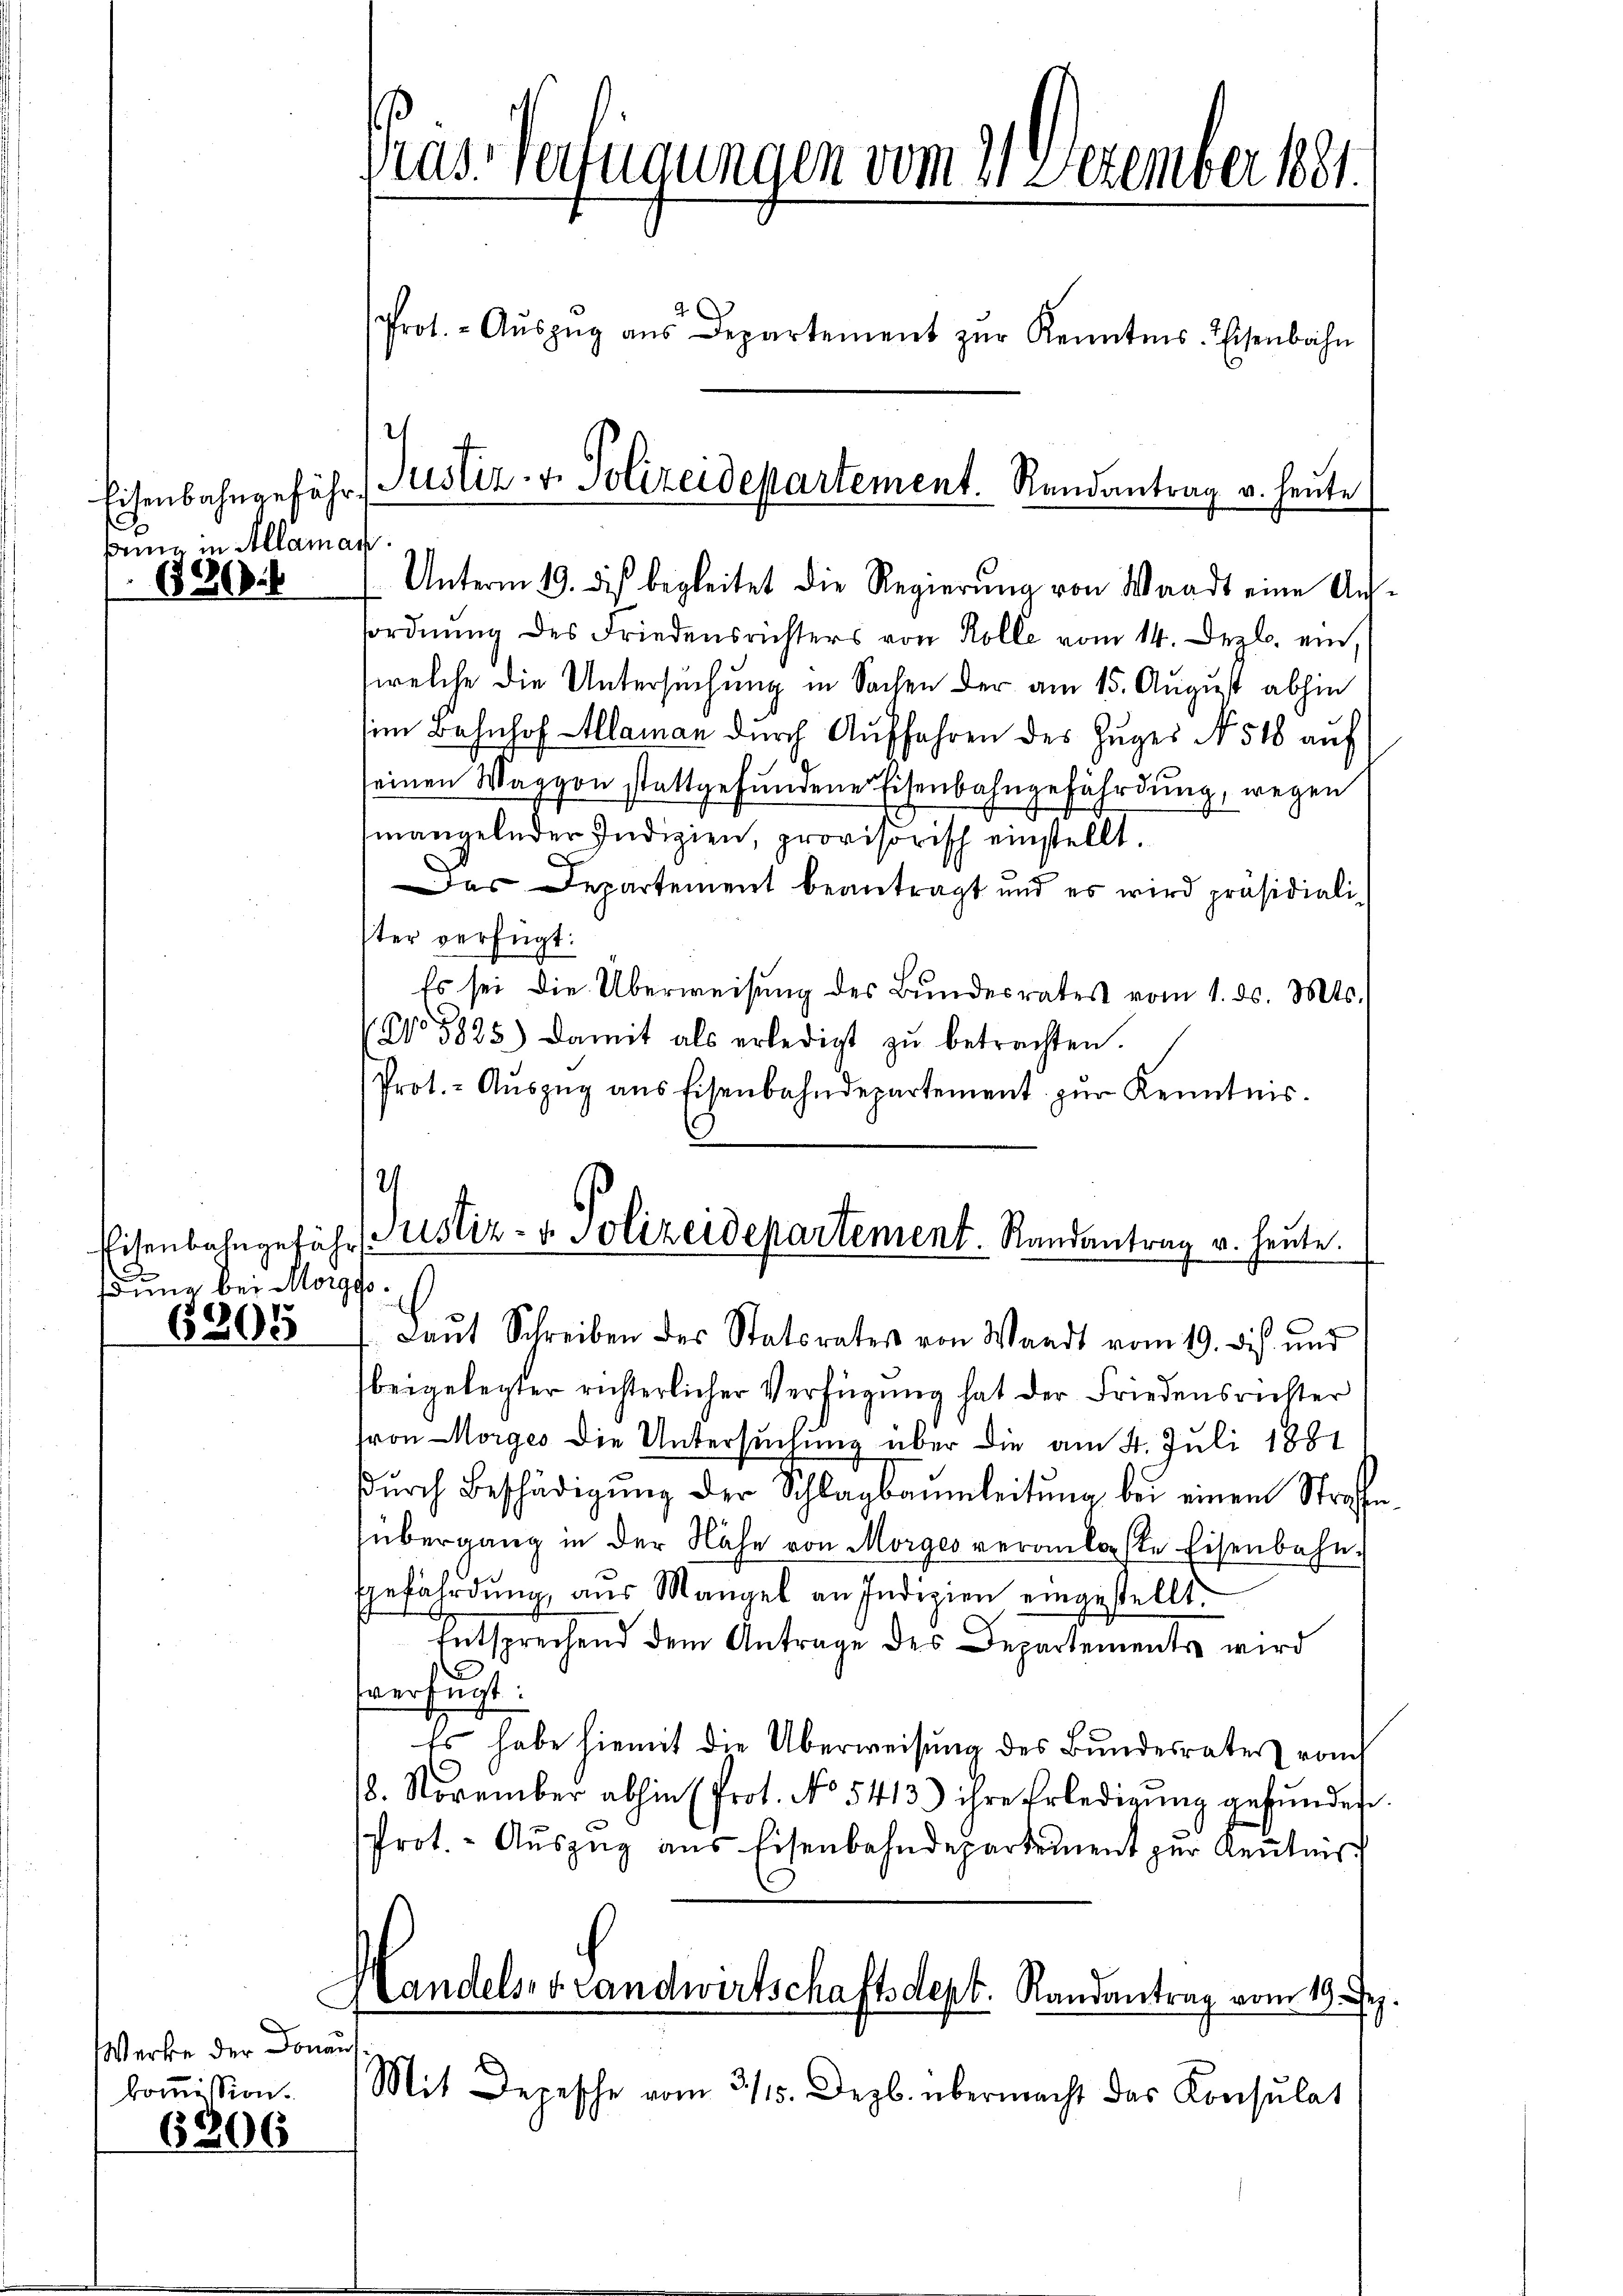
sie in Allaman
180.

dung bei Morggo.

6805

.
Werke der Donaus
kommission.

6306

ras Verfügungen vom 21. Dezember 1881.
Prot. - Aŭszŭg aŭs Departement zŭr Kenntnis. Eisenbahn

Unterm 19. des begleitet die Regierŭng von Waadt eine Aus¬
Tordnŭng des Friedensrichters von Kolle vom 14. Dezbr. ein,
welche die Untersuchung in Sachen der am 15. August abhin
im Bahnhof Alaman durch Auffahren des Zuges No 518 auf
seinen Waggon stattgefŭndene Eisenbahngefährdung, wegen
mangelnder Indizien, provisorisch einstellt.
Das Departement beantragt und es wird präsidialister verfügt:
Es sei die Überweisung des Bundesrates vom 1. ds. Mts.
No 5825) Damit als erledigt zŭ betrachten.
Prot. - Aŭszŭg ans Eisenbahndepartement zŭr Kenntnis.
2
Eisenbahngefähr ustiz- & Polizeidepartement. Randantrag u. heute.
¬
 Laut Schreiben des Statorater von Waadt vom 19. di und
beigelegter richterlicher Verfügung hat der Friedensrichter
ron Morges die Untersuchung über die am 4. Juli 1881
dŭrch Beschädigŭng der Schlagbaumleitŭng bei einem Strafe
übergang in der Nähe von Morges veranlaste Eisenbahngefährdung aus Mangel an Indizien eingestellt.
Entsprechend dem Antrage des Departements wird
sverfügt:
Es habe hiemit die Überweisung des Bundesrates vom
18. November abhin (Prot. No 5413.) ihre Erledigŭng gefunden
Prot. - Auszug aus Eisenbahndepartement zur Kenntnis
Handels, v. Landwirtschaftsdept. Randantrag vom 18. Ju
Mit Depesche vom 315. Dezb. übermacht das Konsulat

Eisenbahngefähr Justiz- & Polizeidepartement. Randantrag v. heute